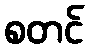
စတင်